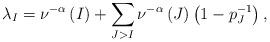
LaTeX: \begin{align*}\lambda_{I}=\nu^{-\alpha}\left(I\right)+\sum_{J>I}\nu^{-\alpha}\left(J\right)\left(1-p_{J}^{-1}\right),\end{align*}